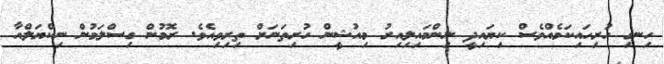
ހިނގި ހުރިހައިކަމެއްވެސް ކިޔައިދީ ނިންމައިލިއިރު މިއުޝީން ހުރިތަނަށް ތިރިވިއެވެ. ރޮމުން ގިސްލަމުން ނިކްޔަލްއާ